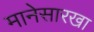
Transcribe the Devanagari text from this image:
मानेसारखा